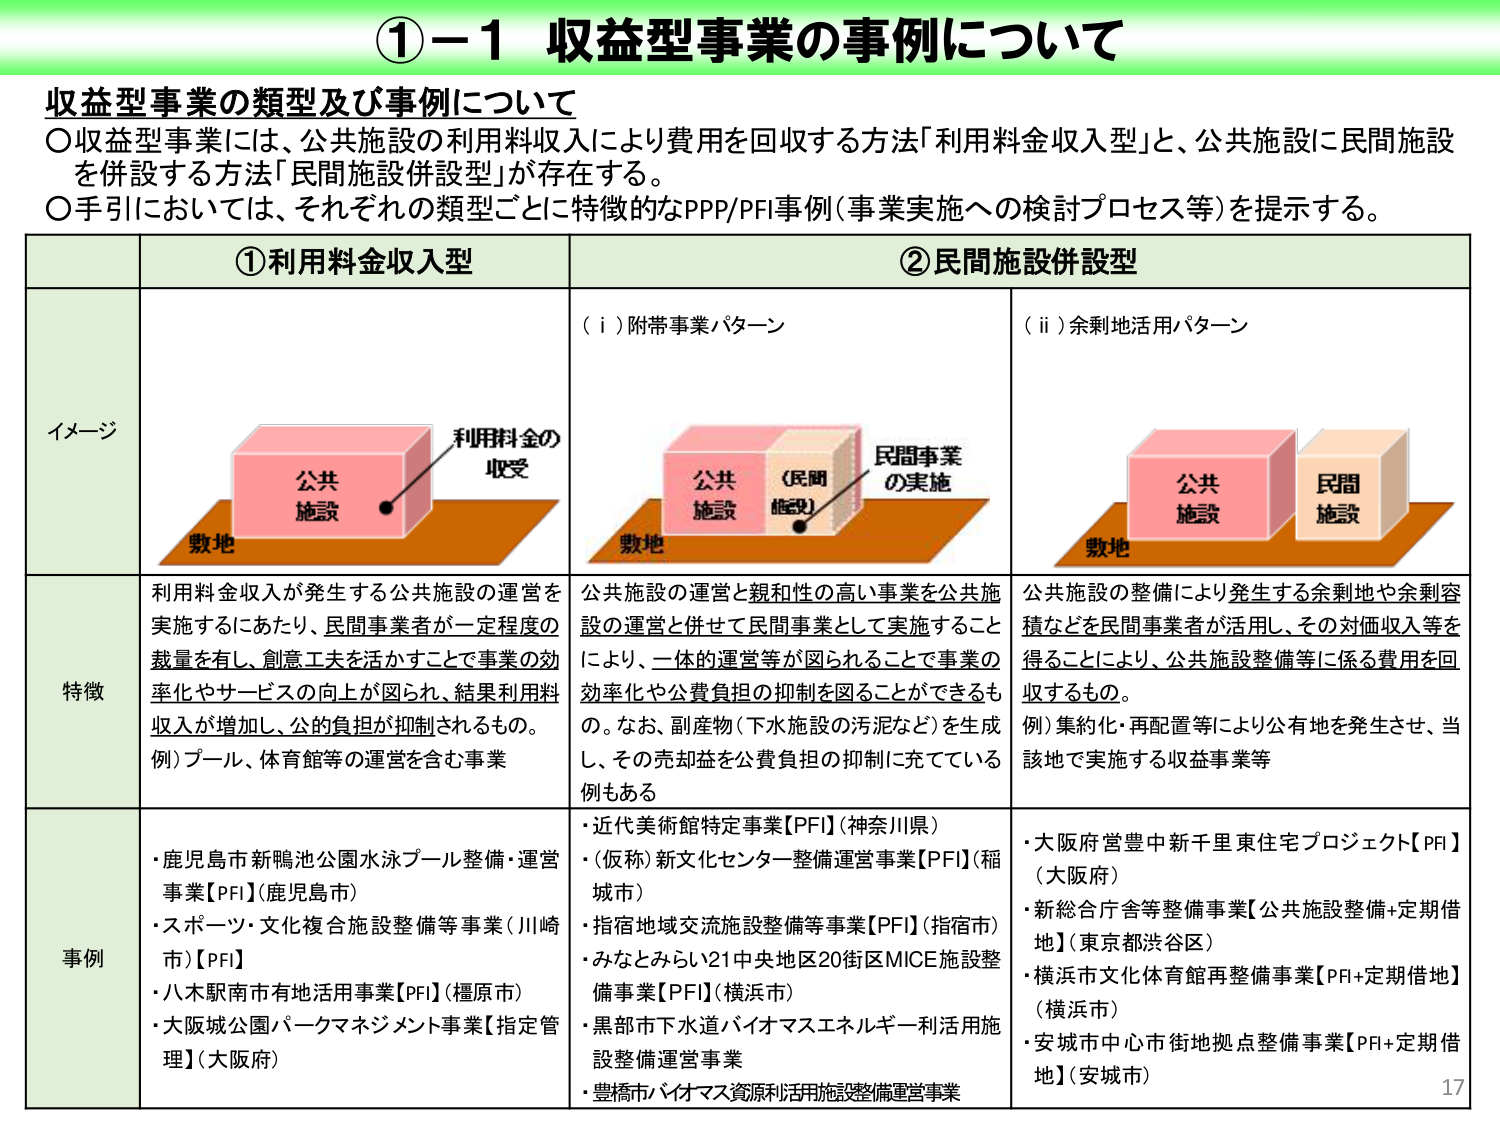
①－1 収益型事業の事例について

収益型事業の類型及び事例について
〇収益型事業には、公共施設の利用料収入により費用を回収する方法「利用料金収入型」と、公共施設に民間施設を併設する方法「民間施設併設型」が存在する。
〇手引においては、それぞれの類型ごとに特徴的なPPP/PFI事例（事業実施への検討プロセス等）を提示する。

①利用料金収入型